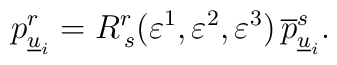
p^r_{\underline{u}_i}=R^r_{\,s}(\varepsilon^1,\varepsilon^2,\varepsilon^3)\,\overline{p}^s_{\underline{u}_i}.